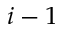
i - 1